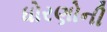
ધોરણોની